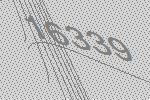
16339